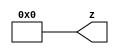
module zero256(z);
output [255:0] z;
 
assign z = 0; 

endmodule